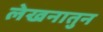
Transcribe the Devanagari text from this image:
लेखनातुन